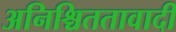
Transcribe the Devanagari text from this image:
अनिश्चिततावादी